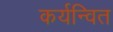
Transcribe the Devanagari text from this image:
कर्यन्वित